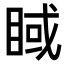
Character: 𥇿